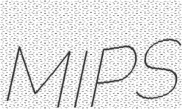
MIPS